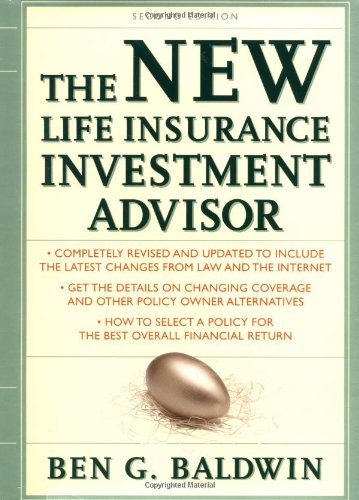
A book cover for New Life Insurance Investment Advisor: Achieving Financial Security for You and your Family Through Today's Insurance Products; Ben Baldwin; Business & Money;